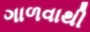
ગાળવાથી